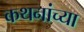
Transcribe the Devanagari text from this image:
कथनांच्या